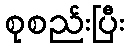
စုစည်းပြီး